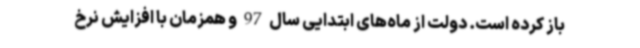
باز کرده است. دولت از ماه‌های ابتدایی سال 97 و همزمان با افزایش نرخ